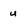
Character: u